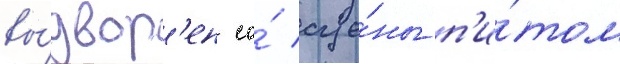
вы́двор'ен со́ сце́ны п'и́том